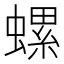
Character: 螺